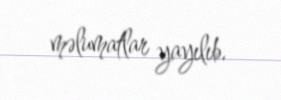
məlumatlar yayılıb.